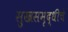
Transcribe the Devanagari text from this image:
सुखसमृद्धीचे